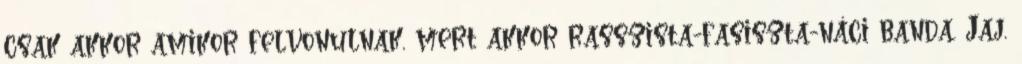
csak akkor amikor felvonulnak, mert akkor rasszista-fasiszta-náci banda. Jaj,